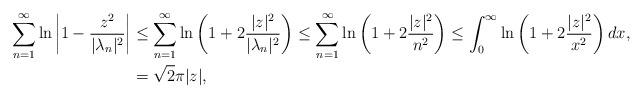
LaTeX: \begin{align*} \displaystyle\sum_{n=1}^\infty \ln\left|1-\frac{z^2}{|\lambda_n|^2}\right|&\leq \displaystyle\sum_{n=1}^\infty \ln\left(1+2\frac{|z|^2}{|\lambda_n|^2}\right)\leq \displaystyle\sum_{n=1}^\infty \ln\left(1+2\frac{|z|^2}{n^2}\right)\leq \int_{0}^{\infty}\ln\left(1+2\frac{|z|^2}{x^2}\right)dx,\\ &=\sqrt{2}\pi|z|,\end{align*}